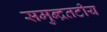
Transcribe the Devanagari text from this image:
समुन्द्रतटीय